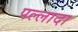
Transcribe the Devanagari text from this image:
पल्लादा